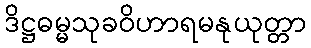
ဒိဋ္ဌဓမ္မသုခဝိဟာရမနုယုတ္တာ